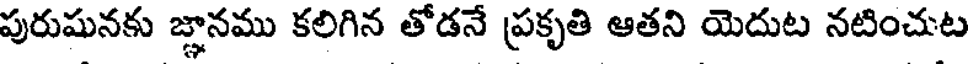
పురుషునకు జ్ఞానము కలిగిన తోడనే ప్రకృతి ఆతని యెదుట నటించుట